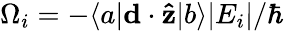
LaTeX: \Omega_{i}=-\langle a|\mathbf{d}\cdot\mathbf{\hat{z}}|b\rangle|E_{i}|/\hbar